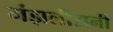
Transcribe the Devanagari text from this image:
मंझलीरानी